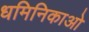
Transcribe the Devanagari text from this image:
धमिनिकाओ